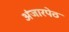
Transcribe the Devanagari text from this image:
अंजारपेठ